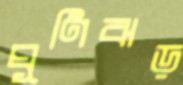
ঘূণিঝড়